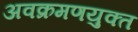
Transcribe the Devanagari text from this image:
अवक्रमणयुक्त